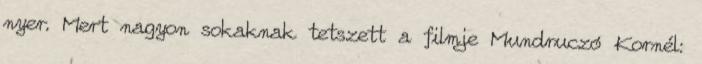
nyer. Mert nagyon sokaknak tetszett a filmje Mundruczó Kornél: